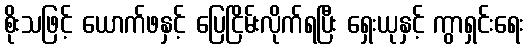
စိုးသဖြင့် ယောက်ဖနှင့် ပြေငြိမ်းလိုက်ရပြီး ရှေးယုနှင့် ကွာရှင်းရေး